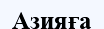
Азияға